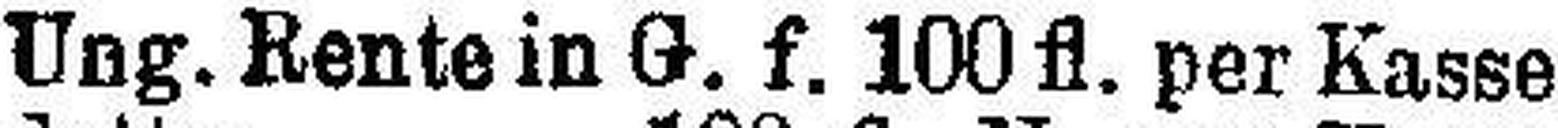
Ung. Rente in G. f. 100 fl. per Kasse 4%